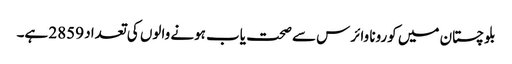
بلوچستان میں کورونا وائرس سے صحت یاب ہونے والوں کی تعداد 2859 ہے۔